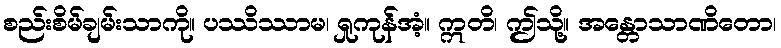
စည်းစိမ်ချမ်းသာကို။ ပဿိဿာမ၊ ရှုကုန်အံ့။ ဣတိ၊ ဤသို့။ အန္တောသာဏိတော၊